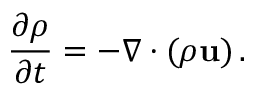
{ \frac { \partial \rho } { \partial t } } = - \nabla \cdot ( \rho \mathbf { u } ) \, .